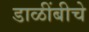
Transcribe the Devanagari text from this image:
डाळींबीचे